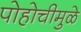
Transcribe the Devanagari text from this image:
पोहोचीमुळे